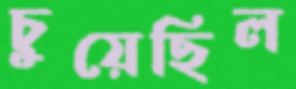
চুয়েছিল